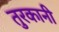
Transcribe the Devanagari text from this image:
तुरकानी